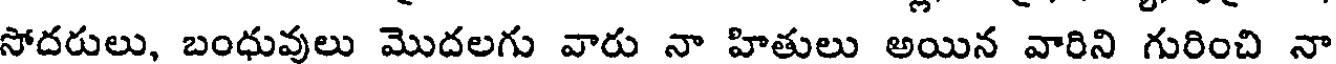
సోదరులు, బంధువులు మొదలగు వారు నా హితులు అయిన వారిని గురించి నా